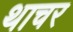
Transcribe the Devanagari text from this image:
थाचर